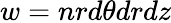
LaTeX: w=nrd\theta drdz